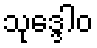
သုဒ္ဒေါဝ